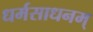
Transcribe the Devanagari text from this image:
धर्मसाधनम्